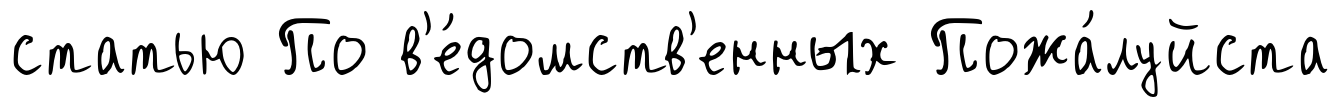
статью По в'е́домств'енных Пожа́луйста